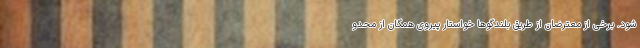
شود. برخی از معترضان از طریق بلندگوها خواستار پیروی همگان از محدو